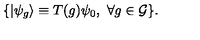
\{ | \psi _ { g } \rangle \equiv T ( g ) \psi _ { 0 } , \ \forall g \in { \cal G } \} .